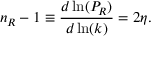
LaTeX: n _ { R } - 1 \equiv \frac { d \ln ( P _ { R } ) } { d \ln ( k ) } = 2 \eta .